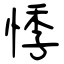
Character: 悸